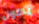
يكون